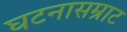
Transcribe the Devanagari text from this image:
घटनासम्राट